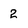
Character: 2